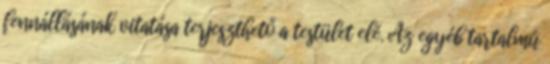
fennállásának vitatása terjeszthető a testület elé. Az egyéb tartalmú